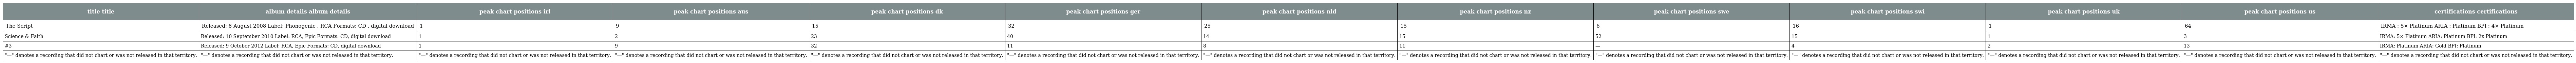
| title title | album details album details | peak chart positions irl | peak chart positions aus | peak chart positions dk | peak chart positions ger | peak chart positions nld | peak chart positions nz | peak chart positions swe | peak chart positions swi | peak chart positions uk | peak chart positions us | certifications certifications |
 | --- | --- | --- | --- | --- | --- | --- | --- | --- | --- | --- | --- | --- |
 | The Script | Released: 8 August 2008 Label: Phonogenic , RCA Formats: CD , digital download | 1 | 9 | 15 | 32 | 25 | 15 | 6 | 16 | 1 | 64 | IRMA : 5× Platinum ARIA : Platinum BPI : 4× Platinum |
 | Science & Faith | Released: 10 September 2010 Label: RCA, Epic Formats: CD, digital download | 1 | 2 | 23 | 40 | 14 | 15 | 52 | 15 | 1 | 3 | IRMA: 5× Platinum ARIA: Platinum BPI: 2x Platinum |
 | #3 | Released: 9 October 2012 Label: RCA, Epic Formats: CD, digital download | 1 | 9 | 32 | 11 | 8 | 11 | — | 4 | 2 | 13 | IRMA: Platinum ARIA: Gold BPI: Platinum |
 | "—" denotes a recording that did not chart or was not released in that territory. | "—" denotes a recording that did not chart or was not released in that territory. | "—" denotes a recording that did not chart or was not released in that territory. | "—" denotes a recording that did not chart or was not released in that territory. | "—" denotes a recording that did not chart or was not released in that territory. | "—" denotes a recording that did not chart or was not released in that territory. | "—" denotes a recording that did not chart or was not released in that territory. | "—" denotes a recording that did not chart or was not released in that territory. | "—" denotes a recording that did not chart or was not released in that territory. | "—" denotes a recording that did not chart or was not released in that territory. | "—" denotes a recording that did not chart or was not released in that territory. | "—" denotes a recording that did not chart or was not released in that territory. | "—" denotes a recording that did not chart or was not released in that territory. |